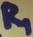
Text: R1